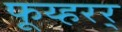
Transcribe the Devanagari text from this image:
फूय्हरर्